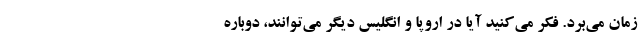
زمان می‌برد. فکر می‌کنید آیا در اروپا و انگلیس دیگر می‌توانند، دوباره